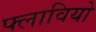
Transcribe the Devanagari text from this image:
फ्लावियो